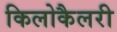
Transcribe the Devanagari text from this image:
किलोकैलरी